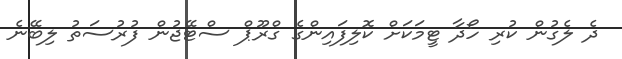
ދެ ލެގުން ކުރި ހޯދާ ޓީމަކަށް ކޮލިފައިންގެ ގްރޫޕް ސްޓޭޖުން ފުރުސަތު ލިބޭނެ